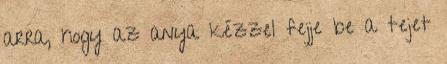
arra, hogy az anya kézzel fejje be a tejet